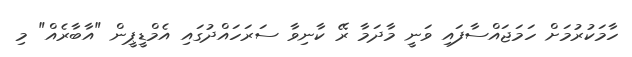
ހާމަކުރުމަށް ހަމަޖައްސާފައި ވަނީ މާދަމާ ރޭ ކާނިވާ ސަރަހައްދުގައި އެމްޑީޕީން "އާބާރެއް" މި